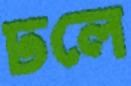
ঢলে